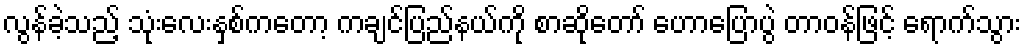
လွန်ခဲ့သည့် သုံးလေးနှစ်ကတော့ ကချင်ပြည်နယ်ကို စာဆိုတော် ဟောပြောပွဲ တာဝန်ဖြင့် ရောက်သွား